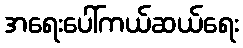
အရေးပေါ်ကယ်ဆယ်ရေး